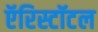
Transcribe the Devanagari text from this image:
ऍरिस्टॉटल